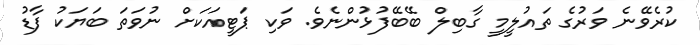
ކުރެވޭނެ ވަރުގެ ތައުލީމީ ގާބިލް ބޭބޭފުޅުންނެވެ. ވަކި ޕަޓީއަކަށް ނުވަތަ ބަޔަކު ފާޑު